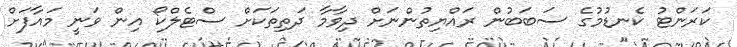
ކަރަންޓު ކެނޑުމުގެ ސަބަބުން ރައްޔިތުންނަށް ދިވާމާ ދަތިތަކަށް ސްޓެލްކޯ އިން ވަނީ މައާފަށް